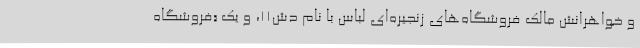
و خواهرانش مالک فروشگاه‌های زنجیره‌ای لباس با نام دش۱۱، و یک «فروشگاه